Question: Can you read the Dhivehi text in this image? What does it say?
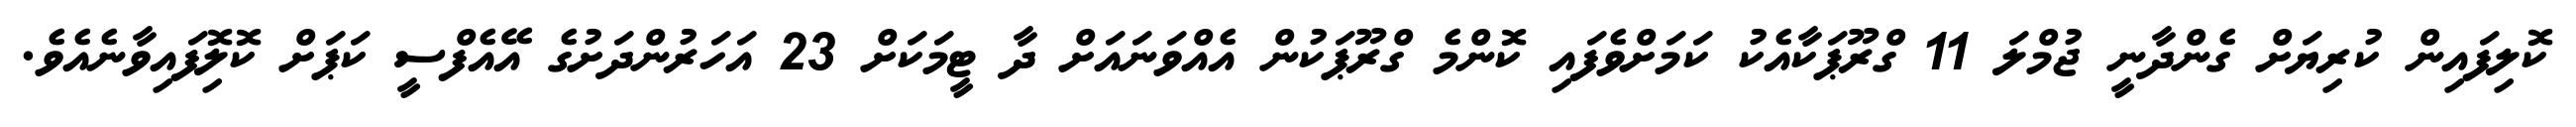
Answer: ކޮލިފައިން ކުރިޔަށް ގެންދާނީ ޖުމްލަ 11 ގްރޫޕަކާއެކު ކަމަށްވެފައި ކޮންމެ ގްރޫޕަކުން އެއްވަނައަށް ދާ ޓީމަކަށް 23 އަހަރުންދަށުގެ އޭއެފްސީ ކަޕަށް ކޮލޮިފައިވާނެއެވެ.